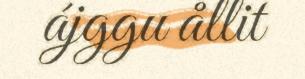
ájggu ållit